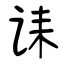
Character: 诔